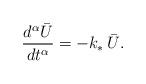
LaTeX: \begin{align*}\frac{d^{\alpha}\bar{U}}{dt^{\alpha}} = -k_{\ast}\,\bar{U}.\end{align*}